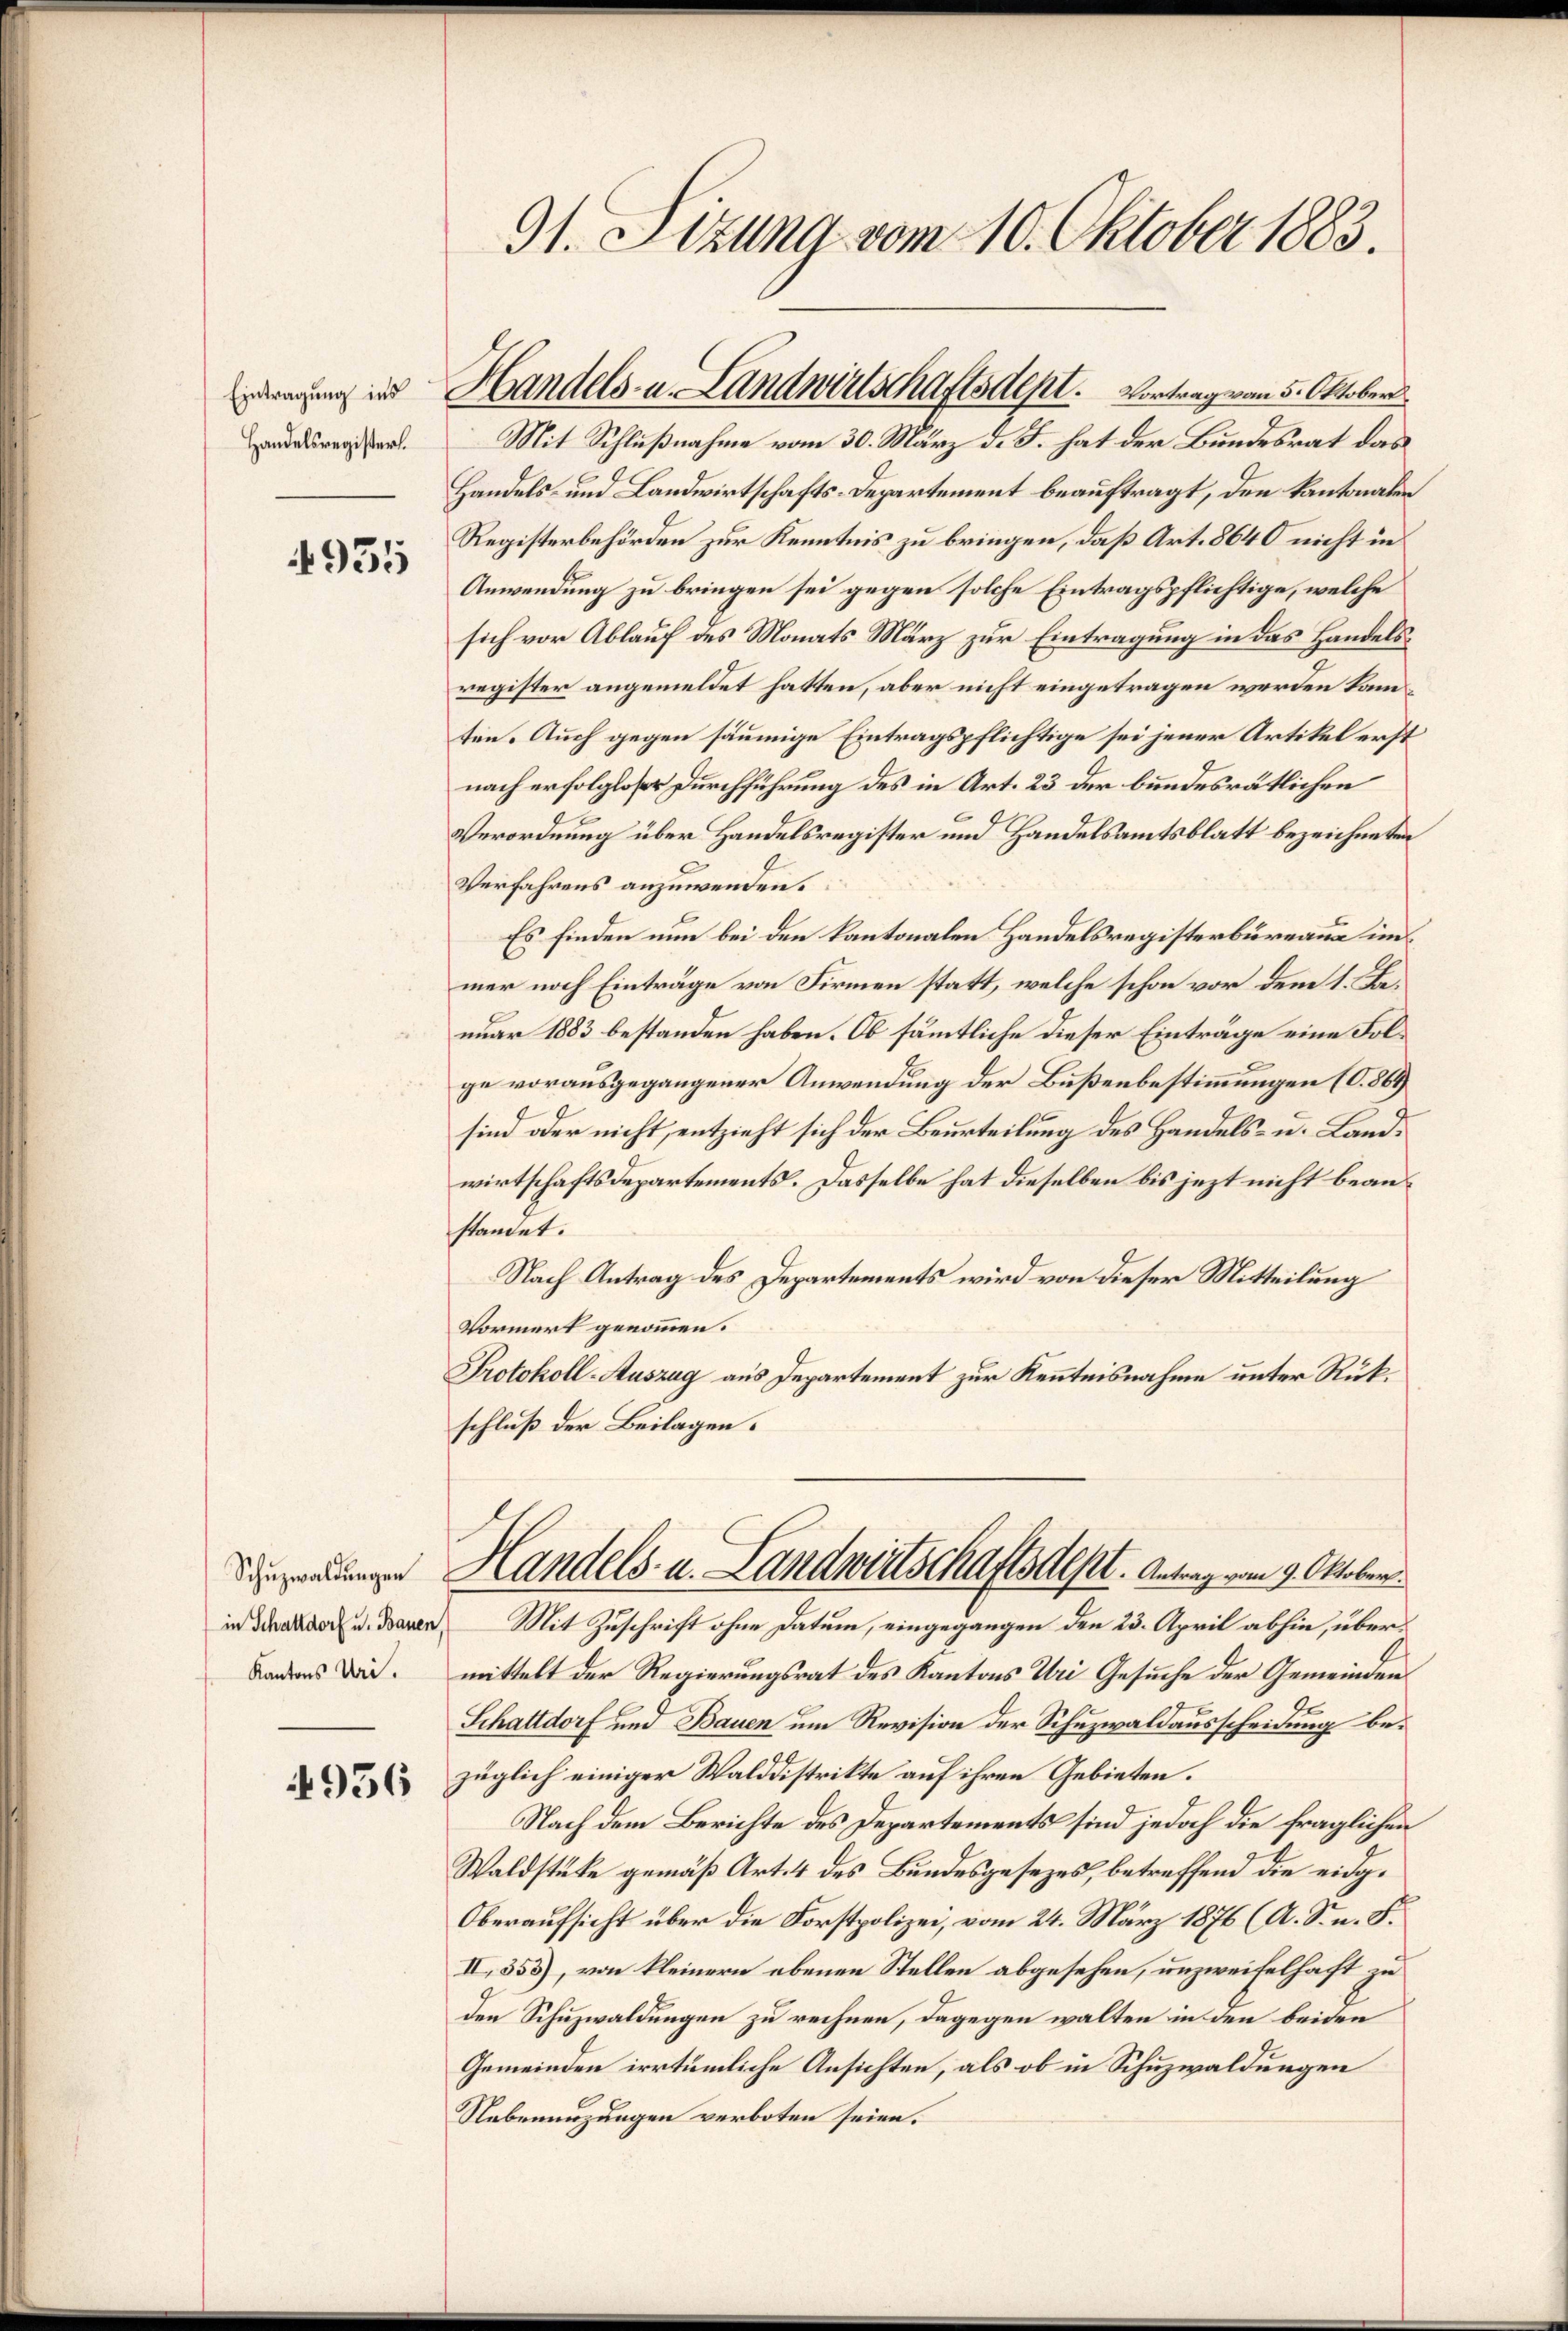
Handelsregister.

935

Schuzwaldungen
in Schattdorf u. Bauen,
Kantons Uri.

4956

91. Sizung vom 10. Oktober 1883.

erung und Handels- u. Landwirtschaftsdept. Vortrag von 5. Oktober
Mit Schlußnahme vom 30. März d. J. hat der Bundesrat das

Handels- und Landwirtschafts-Departement beauftragt, den Kantonaler
Registerbehörden zur Kenntnis zu bringen, daß Art. 8640 nicht in
Anwendung zu bringen sei gegen solche Eintragspflichtige, welche
sich vor Ablauf des Monats März zur Eintragung in das Handelsregister angemeldet hatten, aber nicht eingetragen werden kann
ten. Auch gegen säumige Eintragspflichtige sei jener Artikel erst
nach erfolgloser Durchführung des in Art. 23 der bundesrätlichen
Verordnung über Handelsregister und Handelsamtsblatt bezeichneten
Verfahrens anzuwenden.
Es finden nun bei den kantonalen Handelsregisterbüreau im
mer noch Einträge von Firmen statt, welche schon vor dem 1. Benuar 1883 bestanden haben. Ob sämmtliche dieser Einträge eine Folge vorausgegangener Anwendung der Bußenbestimmungen (S. 869
sind oder nicht, entzieht sich der Beurteilung des Handels- u. Landwirtschaftsdepartements. Dasselbe hat dieselben bis jezt nicht beanstandet.
Nach Antrag des Departements wird von dieser Mitteilung
Vormerk genommen.
Protokoll-Auszug aus Departement zur Kenntnisnahme unter Rükschluß der Beilagen.
Handels- u. Landwirtschaftsdest. Antrag vom 9. Oktober
Mit Zuschrift ohne Datum, eingegangen den 23. April abhin, übermittelt der Regierungsrat des Kantons Uri Gesuche der Gemeinden
de
Schattdorf und Bauen um Revision der Schuzwaldausscheidung bezüglich einiger Walddistrikte auf ihren Gebieten.
Nach dem Berichte des Departements sind jedoch die fraglichen
Waldstüke gemäß Art. 4 des Bundesgesezes, betreffend die eidg¬
Oberaufsicht über die Forstpolizei, vom 24. März 1876 (A. S. n. F.
II. 353), von kleinern ebenen Stellen abgesehen, unzweifelhaft zu
den Schuzwaldungen zu rechnen, dagegen walten in den beiden
Gemeinden irrtümliche Ansichten, als ob in Schuzwaldungen
Nebenenzungen verboten seien.